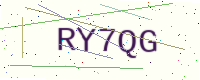
Text: RY7QG